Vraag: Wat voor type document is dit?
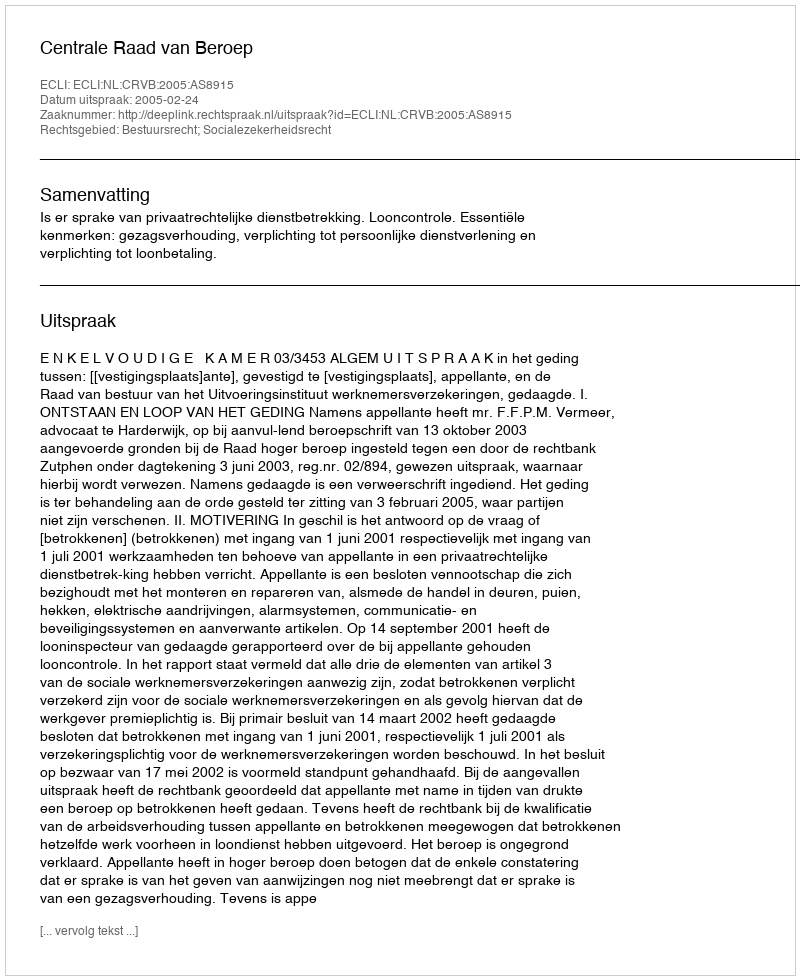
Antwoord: Uitspraak